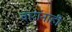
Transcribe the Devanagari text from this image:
वारांनाही